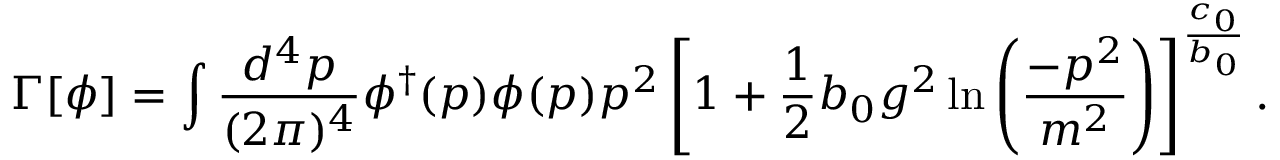
\Gamma [ \phi ] = \int \frac { d ^ { 4 } p } { ( 2 \pi ) ^ { 4 } } \phi ^ { \dagger } ( p ) \phi ( p ) p ^ { 2 } \left[ 1 + \frac { 1 } { 2 } b _ { 0 } g ^ { 2 } \ln \left( \frac { - p ^ { 2 } } { m ^ { 2 } } \right) \right] ^ { \frac { c _ { 0 } } { b _ { 0 } } } .